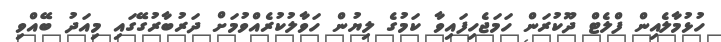
ހުޅުމާލެއިން ފްލެޓް ދޫކުރަން ހަމަޖެހިފައިވާ ކަމުގެ ލިޔުން ހަވާލުކުރެއްވުމަށް ދަރުބާރުގޭގައި މިއަދު ބޭއްވި